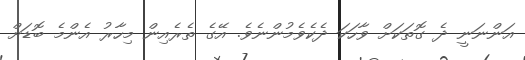
އަންނަނީ ދެ ގޮތަކަށް ވާހަކަ ދެކެވެމުންނެވެ. އޭގެ ތެރެއިން މިހާރު އެންމެ ބޮޑަށް